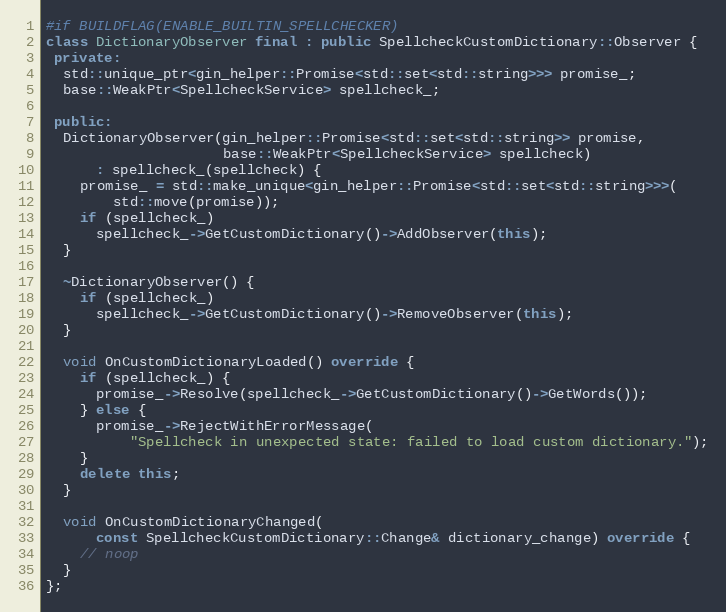
Language: C++
#if BUILDFLAG(ENABLE_BUILTIN_SPELLCHECKER)
class DictionaryObserver final : public SpellcheckCustomDictionary::Observer {
 private:
  std::unique_ptr<gin_helper::Promise<std::set<std::string>>> promise_;
  base::WeakPtr<SpellcheckService> spellcheck_;

 public:
  DictionaryObserver(gin_helper::Promise<std::set<std::string>> promise,
                     base::WeakPtr<SpellcheckService> spellcheck)
      : spellcheck_(spellcheck) {
    promise_ = std::make_unique<gin_helper::Promise<std::set<std::string>>>(
        std::move(promise));
    if (spellcheck_)
      spellcheck_->GetCustomDictionary()->AddObserver(this);
  }

  ~DictionaryObserver() {
    if (spellcheck_)
      spellcheck_->GetCustomDictionary()->RemoveObserver(this);
  }

  void OnCustomDictionaryLoaded() override {
    if (spellcheck_) {
      promise_->Resolve(spellcheck_->GetCustomDictionary()->GetWords());
    } else {
      promise_->RejectWithErrorMessage(
          "Spellcheck in unexpected state: failed to load custom dictionary.");
    }
    delete this;
  }

  void OnCustomDictionaryChanged(
      const SpellcheckCustomDictionary::Change& dictionary_change) override {
    // noop
  }
};